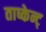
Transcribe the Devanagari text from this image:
ताष्केन्ट्